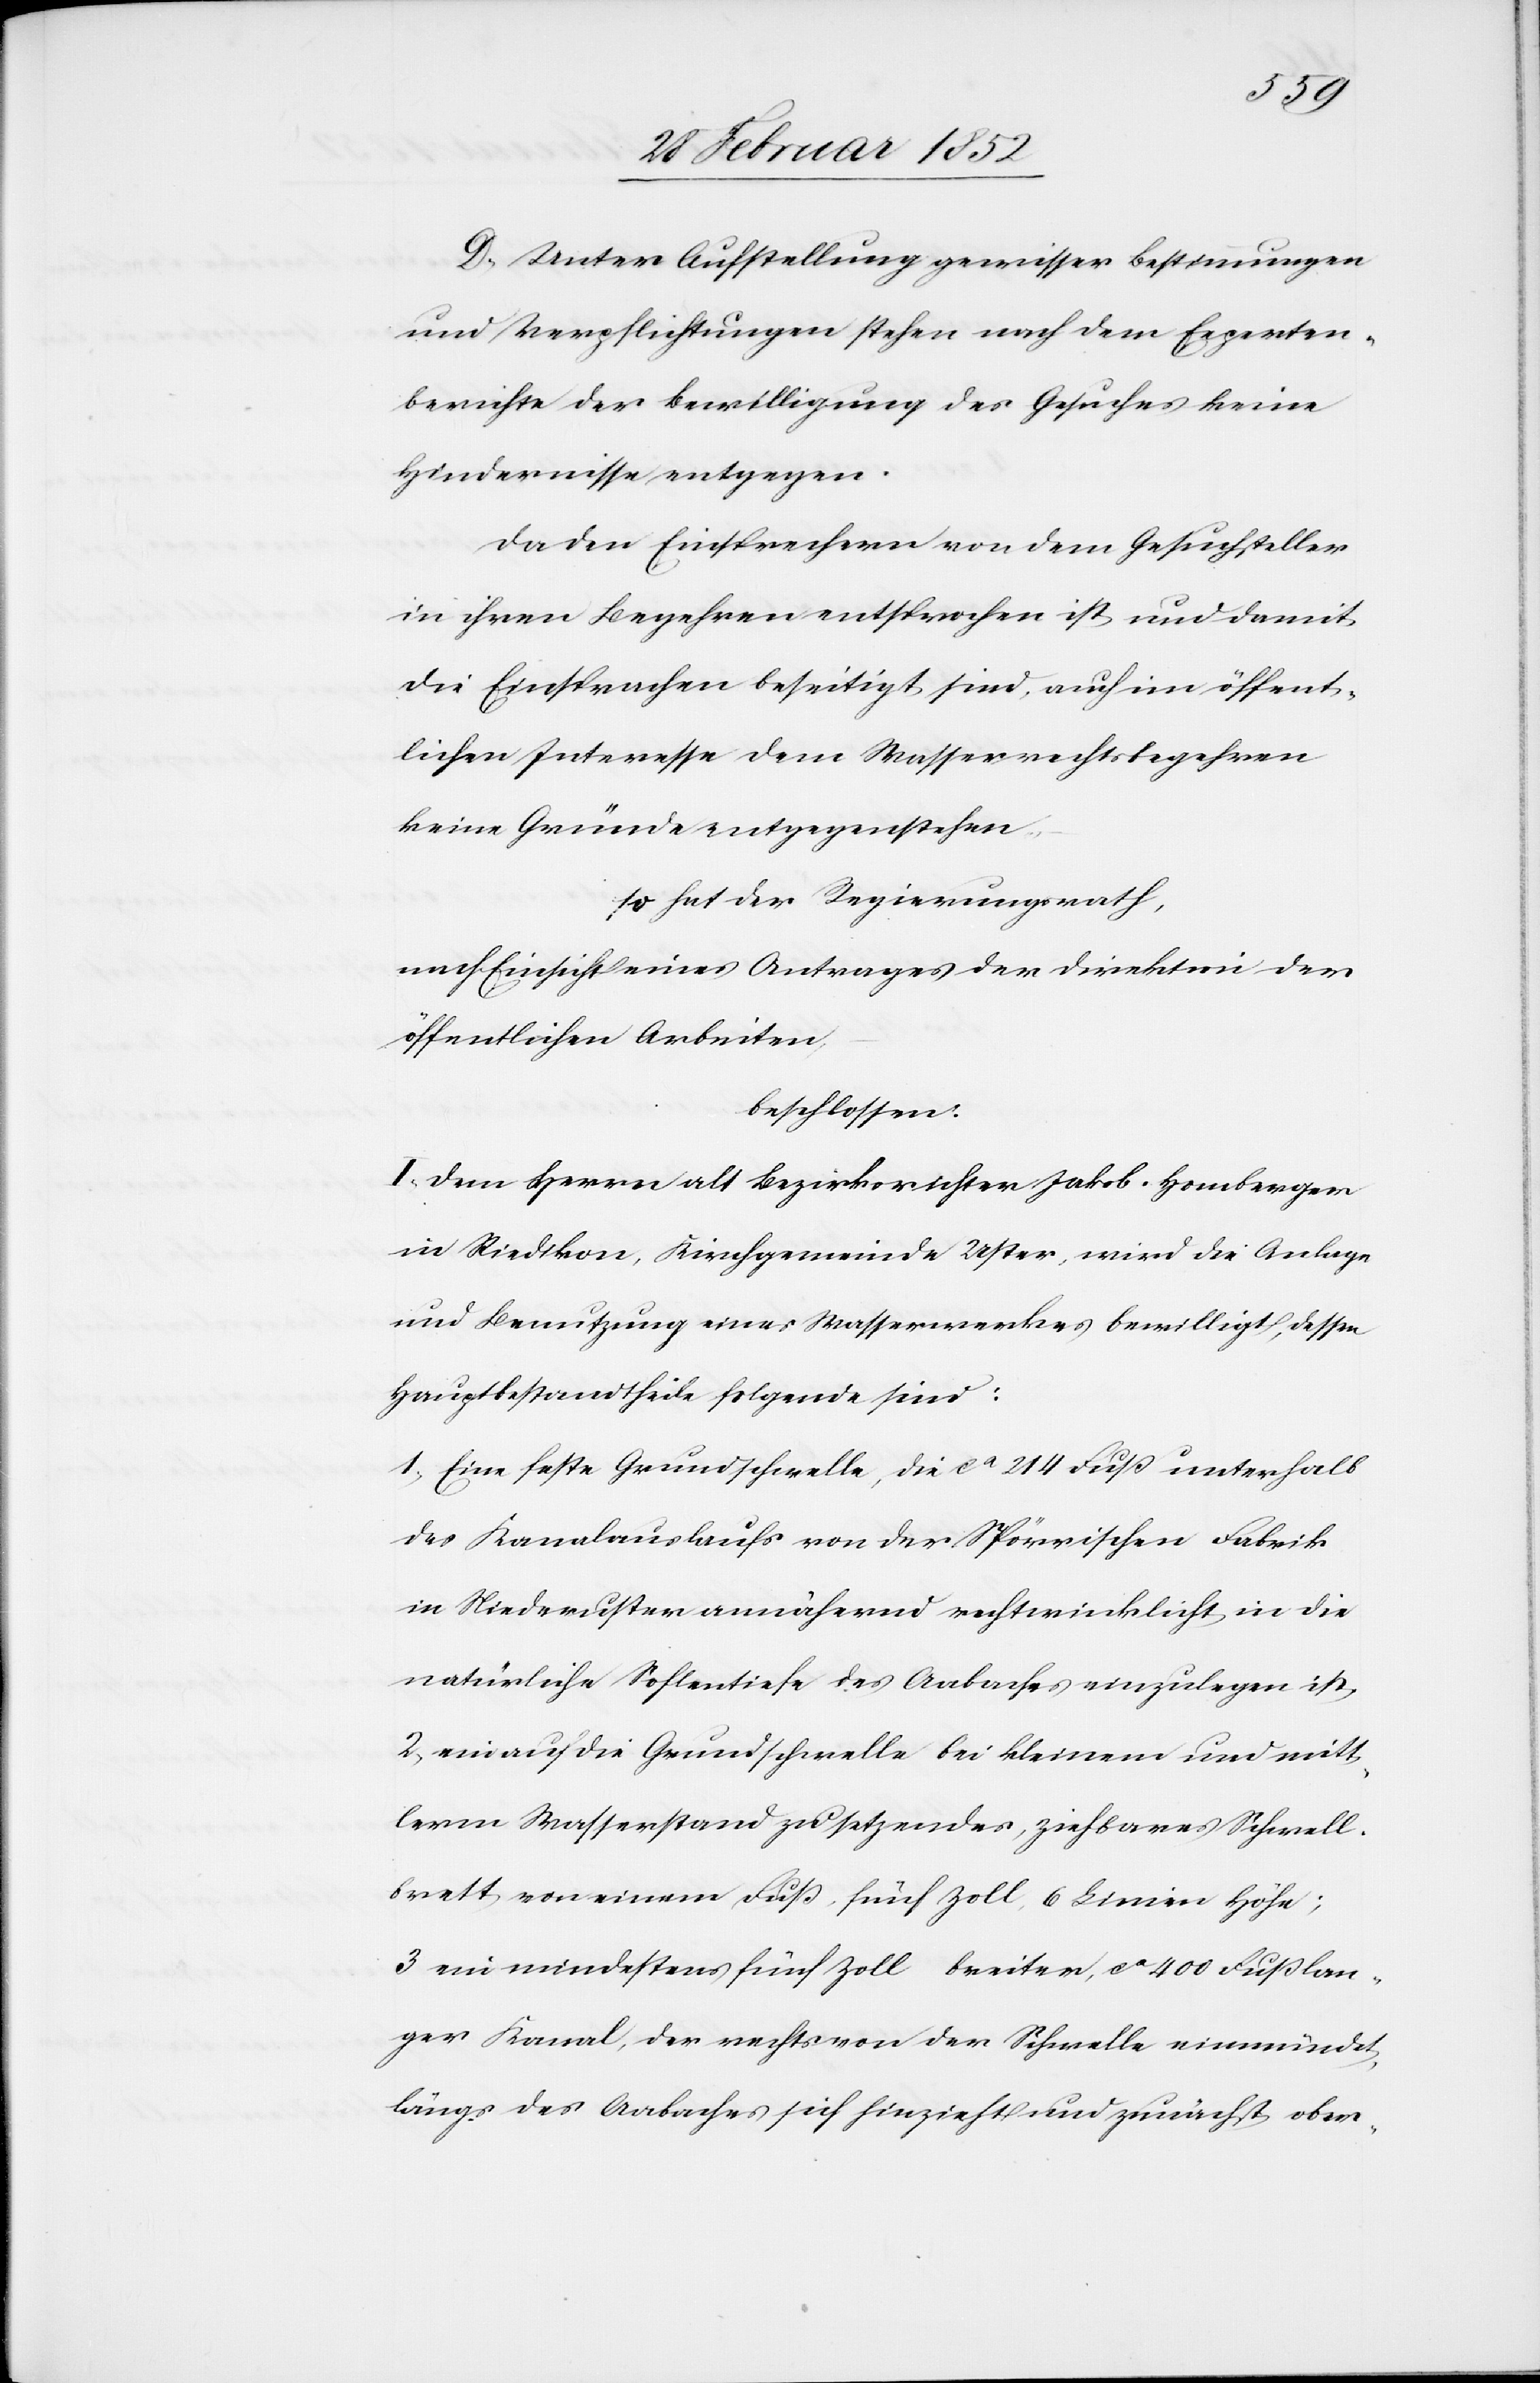
D. Unter Aufstellung gewisser Bestimmungen
und Verpflichtungen stehen nach dem Experten¬
berichte der Bewilligung des Gesuches keine
Hindernisse entgegen.
Da den Einsprachen von dem Gesuchsteller
in ihren Begehren entsprochen ist und damit
die Einsprachen beseitigt sind, auch im öffent¬
lichen Interesse dem Wasserrechtsbegehren
keine Gründe entgegenstehen,
so hat der Regierungsrath,
nach Einsicht eines Antrages der Direktion der
öffentlichen Arbeiten,
beschlossen:
I. Dem Herrn alt Bezirksrichter Jakob Homberger
in Riedikon, Kirchgemeinde Uster, wird die Anlage
und Benutzung eines Wasserwerkes bewilligt, dessen
Hauptbestandtheile folgende sind:
1.) Eine feste Grundschwelle, die ca 214 Fuß unterhalb
des Kanalauslaufs von der Spörrischen Fabrik
in Niederuster annähernd rechtwinklicht in die
natürliche Sohlentiefe des Aabaches einzulegen ist.
2.) ein auf die Grundschwelle bei kleinem und mitt¬
lerem Wasserstand zu setzendes, ziehbares Schwell¬
brett von einem Fuß fünf Zoll 6 Linien Höhe;
3. ein mindestens fünf Zoll breiter, ca 400 Fuß lan¬
ger Kanal, der rechts von der Schwelle einmündet,
längs des Aabaches sich hinzieht und zunächst ober-